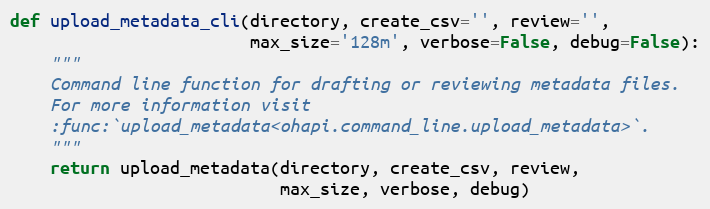
Language: Python
def upload_metadata_cli(directory, create_csv='', review='',
                        max_size='128m', verbose=False, debug=False):
    """
    Command line function for drafting or reviewing metadata files.
    For more information visit
    :func:`upload_metadata<ohapi.command_line.upload_metadata>`.
    """
    return upload_metadata(directory, create_csv, review,
                           max_size, verbose, debug)